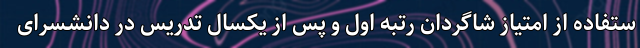
ستفاده از امتیاز شاگردان رتبه اول و پس از یکسال تدریس در دانشسرای